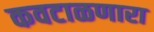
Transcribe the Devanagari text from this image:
कवटाळणारा